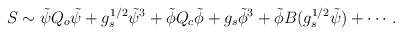
LaTeX: \begin{align*} S\sim\tilde{\psi} Q_o \tilde{\psi} +g_s^{1/2} \tilde{\psi}^3+\tilde{\phi} Q_c \tilde{\phi} + g_s \tilde{\phi}^3+ \tilde{\phi}B(g_s^{1/2}\tilde{\psi})+\cdots.\end{align*}